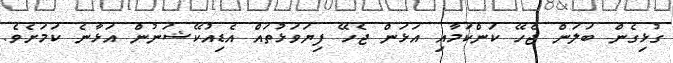
ގުޅިގެން ބަލަަން ޖެހޭ ކަންކަމާއި އަޅަން ޖެހޭ ފިޔަވަޅުތައް އެޑިއުކޭޝަނުން އަޅާނެ ކަމަށެވެ.